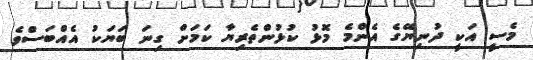
މެސީ އަކީ ދުނިޔޭގެ އެންމެ މޮޅު ކުޅުންތެރިޔާ ކަމަށް ގިނަ ބަޔަކު އެއްބަސްވެ